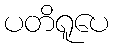
ပတိရူပေ